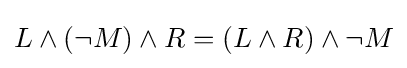
L\land (\lnot M)\land R=(L\land R)\land \lnot M